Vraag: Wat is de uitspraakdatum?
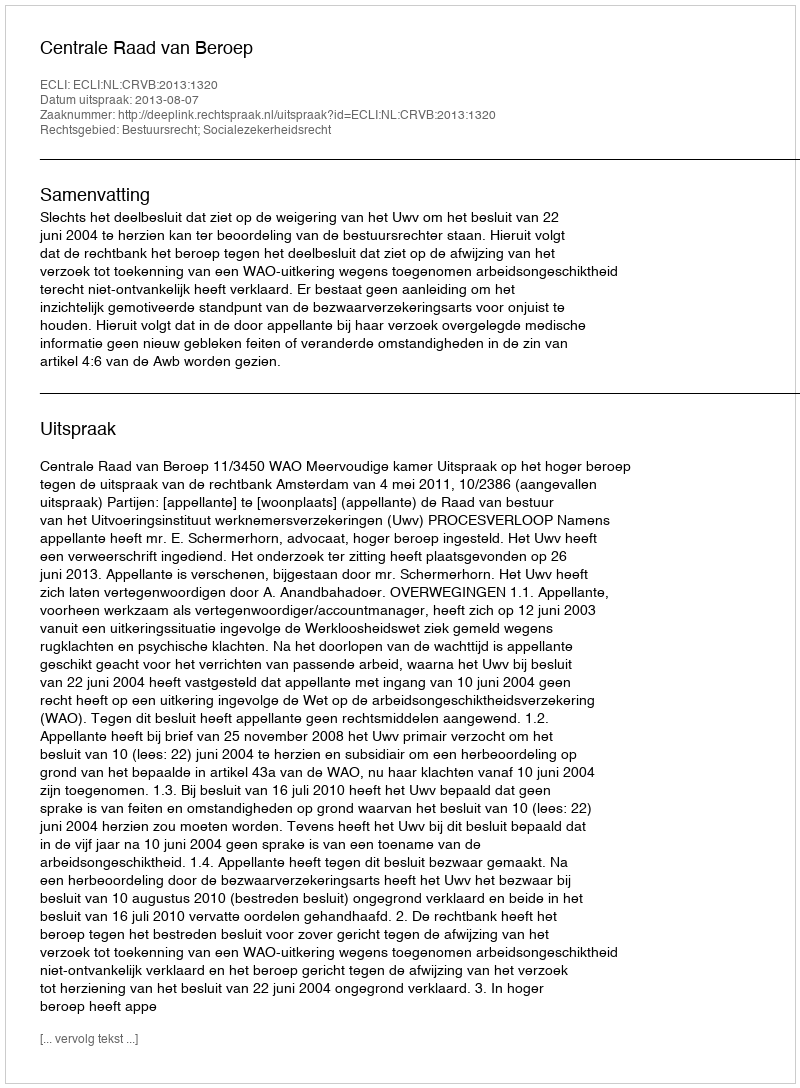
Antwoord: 2013-08-07